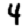
Digit: 4